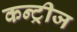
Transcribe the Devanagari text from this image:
कन्ट्रीज